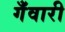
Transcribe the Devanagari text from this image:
गँवारी